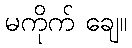
မကိုက် ချေ။